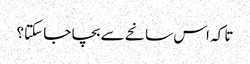
تا کہ اس سانحے سے بچا جا سکتا؟